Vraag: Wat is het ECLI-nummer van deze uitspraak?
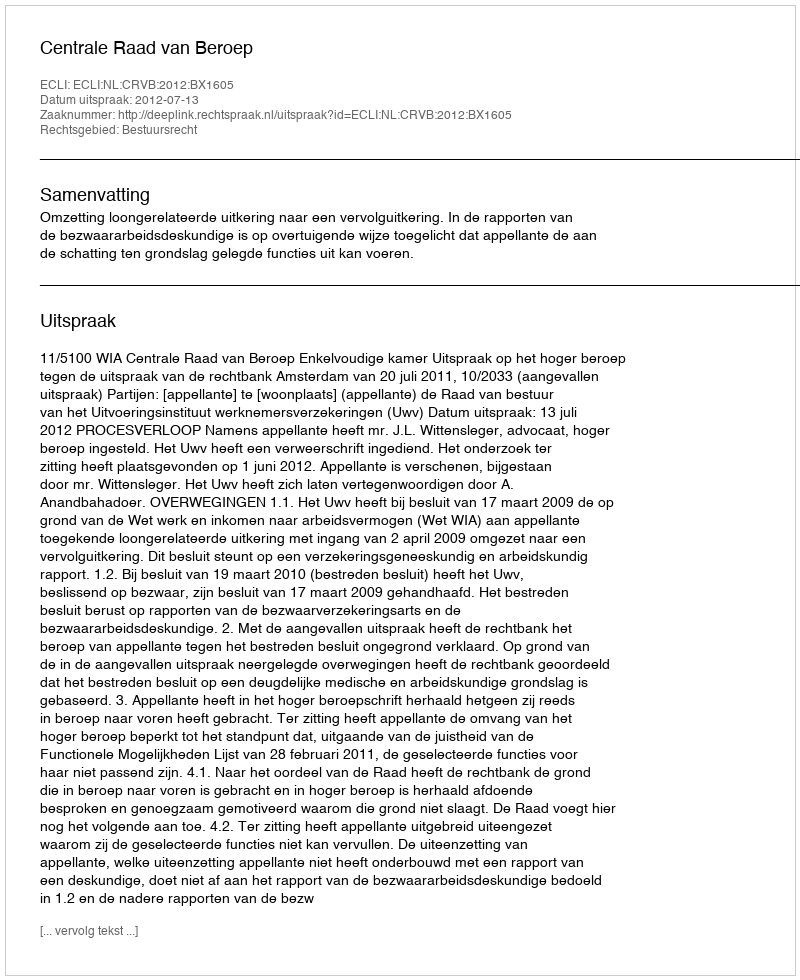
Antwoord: ECLI:NL:CRVB:2012:BX1605